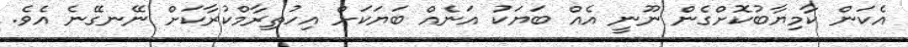
އެކަން ކާމިޔާބުކޮށްގެން ނޫނީ އެއް ބަޔަކު އަނެއް ބަޔަކަށް އިހުތިރާމްކުރާކަށް ނޭނގޭނެ އެވެ.